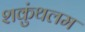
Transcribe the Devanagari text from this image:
शकुंथलम